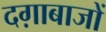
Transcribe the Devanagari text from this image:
दग़ाबाजों